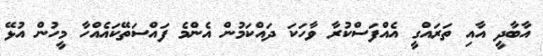
އާބާދީ އާއި ތަރައްގީ އެއްފަސްކުރާ ވާހަކަ ދައްކަމުން އެންމެ ފައްސަތޭކައެއްހާ މީހުން އުޅޭ